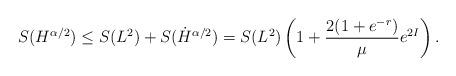
LaTeX: \begin{align*}S(H^{\alpha/2})\leq S(L^2)+S(\dot{H}^{\alpha/2})=S(L^2)\left(1+\frac{2(1+e^{-r})}{\mu}e^{2I}\right).\end{align*}